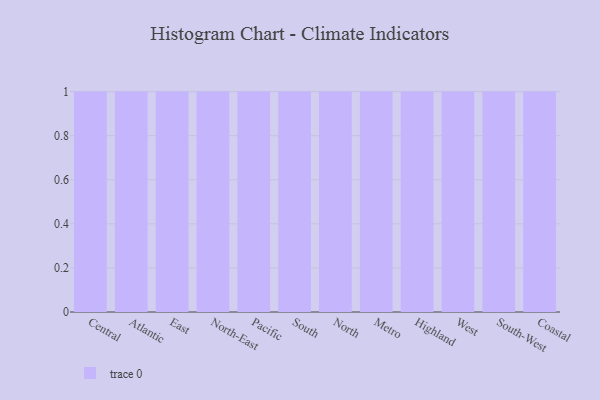
{"axis": {"x": "Region", "y": "LTV (USD)"}, "legend": [""], "data": [{"x": "Central", "y": 36, "type": ""}, {"x": "Atlantic", "y": 3, "type": ""}, {"x": "East", "y": 93, "type": ""}, {"x": "North-East", "y": 55, "type": ""}, {"x": "Pacific", "y": 42, "type": ""}, {"x": "South", "y": 76, "type": ""}, {"x": "North", "y": 72, "type": ""}, {"x": "Metro", "y": 92, "type": ""}, {"x": "Highland", "y": 12, "type": ""}, {"x": "West", "y": 45, "type": ""}, {"x": "South-West", "y": 81, "type": ""}, {"x": "Coastal", "y": 88, "type": ""}]}